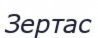
Зертас